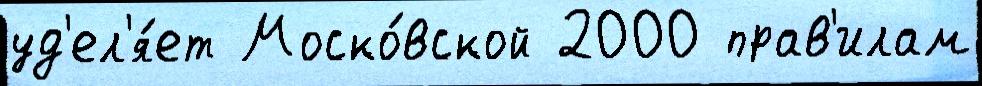
уд'ел'я́ет Моско́вской 2000 прав'илам